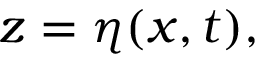
z = \eta ( x , t ) ,